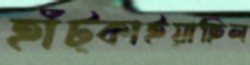
হাঁট্‌কাইয়াছিল